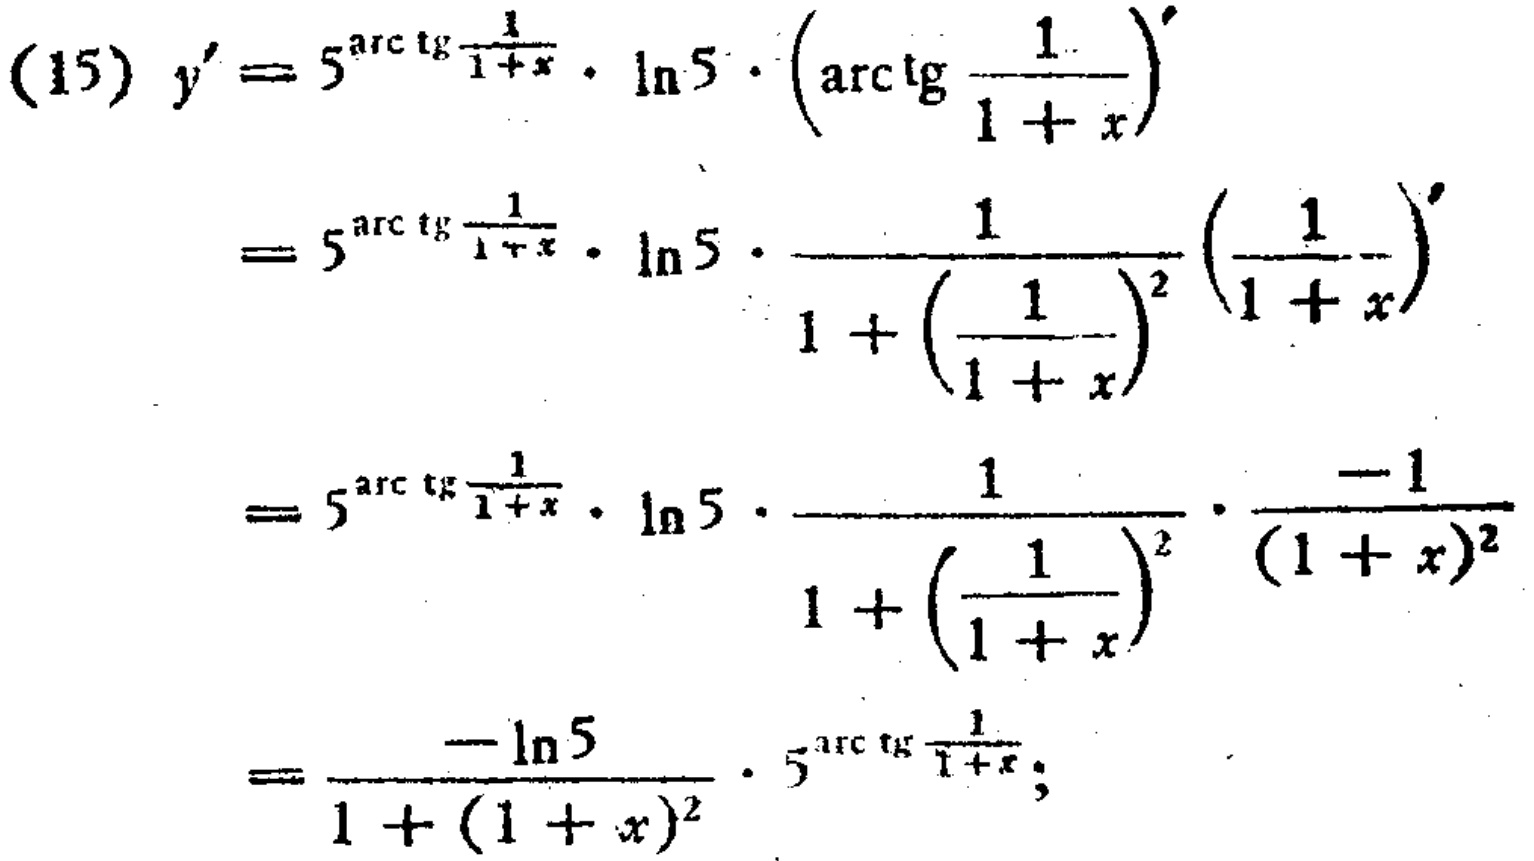
\begin{align*}
(15)\ y'&=5^{\arctan\frac{1}{1 + x}}\cdot\ln5\cdot\left(\arctan\frac{1}{1 + x}\right)'\\
&=5^{\arctan\frac{1}{1 + x}}\cdot\ln5\cdot\frac{1}{1+\left(\frac{1}{1 + x}\right)^2}\left(\frac{1}{1 + x}\right)'\\
&=5^{\arctan\frac{1}{1 + x}}\cdot\ln5\cdot\frac{1}{1+\left(\frac{1}{1 + x}\right)^2}\cdot\frac{-1}{(1 + x)^2}\\
&=\frac{-\ln5}{1+(1 + x)^2}\cdot5^{\arctan\frac{1}{1 + x}};
\end{align*}